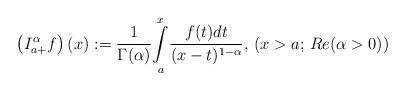
LaTeX: \begin{align*}\left(I_{a+}^\alpha f\right)(x):=\frac{1}{\Gamma(\alpha)}\underset{a}{\overset{x}{\int}}\frac{f(t)dt}{(x-t)^{1-\alpha}},\,(x>a;\,Re(\alpha>0))\end{align*}